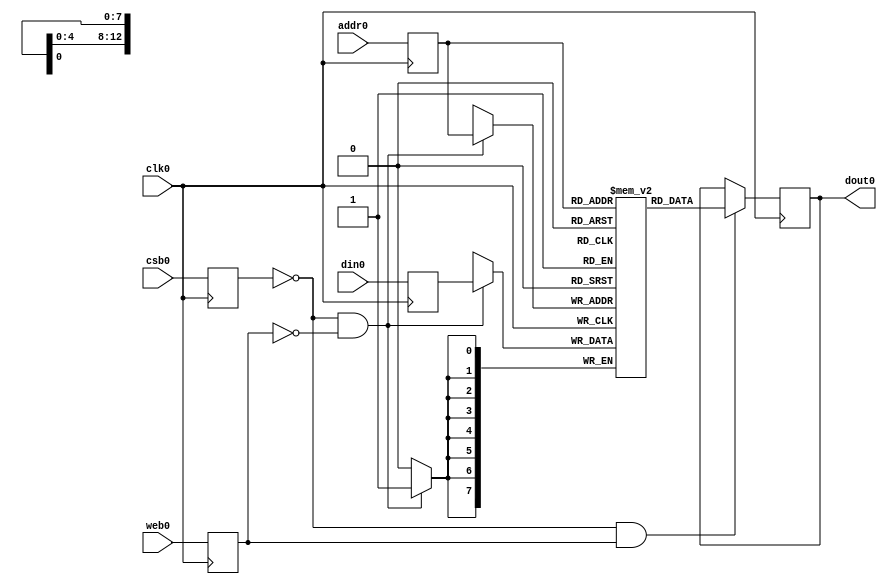
// OpenRAM SRAM model
// Words: 8192
// Word size: 8
`define HCLK_EQUAL_SRAM_CLK

module sram_8_8192_scn4m_subm(
`ifdef USE_POWER_PINS
    vdd,
    gnd,
`endif
// Port 0: RW
    clk0,csb0,web0,addr0,din0,dout0
  );

  parameter DATA_WIDTH = 8 ;
  parameter ADDR_WIDTH = 13 ;
  parameter RAM_DEPTH = 1 << ADDR_WIDTH;
  // FIXME: This delay is arbitrary.
  parameter DELAY = 3 ;
  parameter VERBOSE = 1 ; //Set to 0 to only display warnings
  parameter T_HOLD = 1 ; //Delay to hold dout value after posedge. Value is arbitrary

`ifdef USE_POWER_PINS
    inout vdd;
    inout gnd;
`endif
  input  clk0; // clock
  input   csb0; // active low chip select
  input  web0; // active low write control
  input [ADDR_WIDTH-1:0]  addr0;
  input [DATA_WIDTH-1:0]  din0;
  output [DATA_WIDTH-1:0] dout0;

  reg [DATA_WIDTH-1:0]    mem [0:RAM_DEPTH-1];

  reg  csb0_reg;
  reg  web0_reg;
  reg [ADDR_WIDTH-1:0]  addr0_reg;
  reg [DATA_WIDTH-1:0]  din0_reg;
  reg [DATA_WIDTH-1:0]  dout0;

  // All inputs are registers
  always @(posedge clk0)
  begin
   if ( !csb0_reg && web0_reg && VERBOSE )
      $display($time," Reading %m addr0=%b dout0=%b",addr0_reg,mem[addr0_reg]);
    if ( !csb0_reg && !web0_reg && VERBOSE )
      $display($time," Writing %m addr0=%b din0=%b",addr0_reg,din0_reg);
  end

always @(negedge clk0) begin
    csb0_reg = csb0;
    web0_reg = web0;
    addr0_reg = addr0;
    din0_reg = din0;
end

  // Memory Write Block Port 0
  // Write Operation : When web0 = 0, csb0 = 0
  always @ (negedge clk0)
  begin : MEM_WRITE0
    if ( !csb0_reg && !web0_reg ) begin
        mem[addr0_reg][7:0] = din0_reg[7:0];
    end
  end

  // Memory Read Block Port 0
  // Read Operation : When web0 = 1, csb0 = 0
  always @ (negedge clk0)
  begin : MEM_READ0
    if (!csb0_reg && web0_reg)
       dout0 <= #(DELAY) mem[addr0_reg];
  end

endmodule